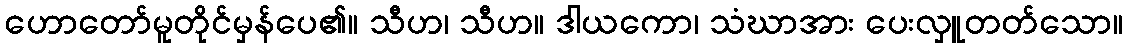
ဟောတော်မူတိုင်မှန်ပေ၏။ သီဟ၊ သီဟ။ ဒါယကော၊ သံဃာအား ပေးလှူတတ်သော။